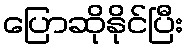
ပြောဆိုနိုင်ပြီး